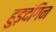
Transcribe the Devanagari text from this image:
हुड़दंगिन